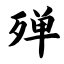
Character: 殚